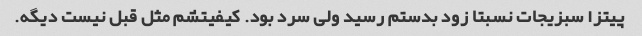
پیتزا سبزیجات نسبتا زود بدستم رسید ولی سرد بود. کیفیتشم مثل قبل نیست دیگه.